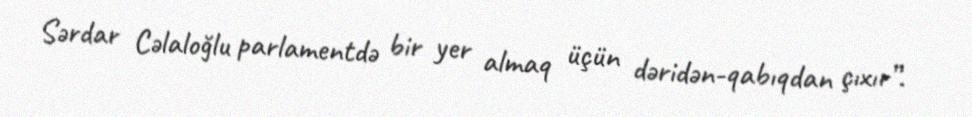
Sərdar Cəlaloğlu parlamentdə bir yer almaq üçün dəridən-qabıqdan çıxır”.